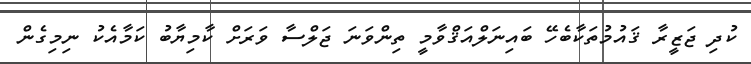
ކުދި ޖަޒީރާ ޤައުމުތަކާބެހޭ ބައިނަލްއަޤްވާމީ ތިންވަނަ ޖަލްސާ ވަރަށް ކާމިޔާބު ކަމާއެކު ނިމިގެން